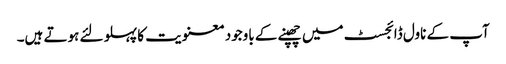
آپ کے ناول ڈائجسٹ میں چھپنے کے باوجود معنویت کا پہلو لئے ہوتے ہیں۔